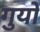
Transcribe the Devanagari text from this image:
गुयों